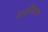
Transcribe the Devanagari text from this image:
सजीवात